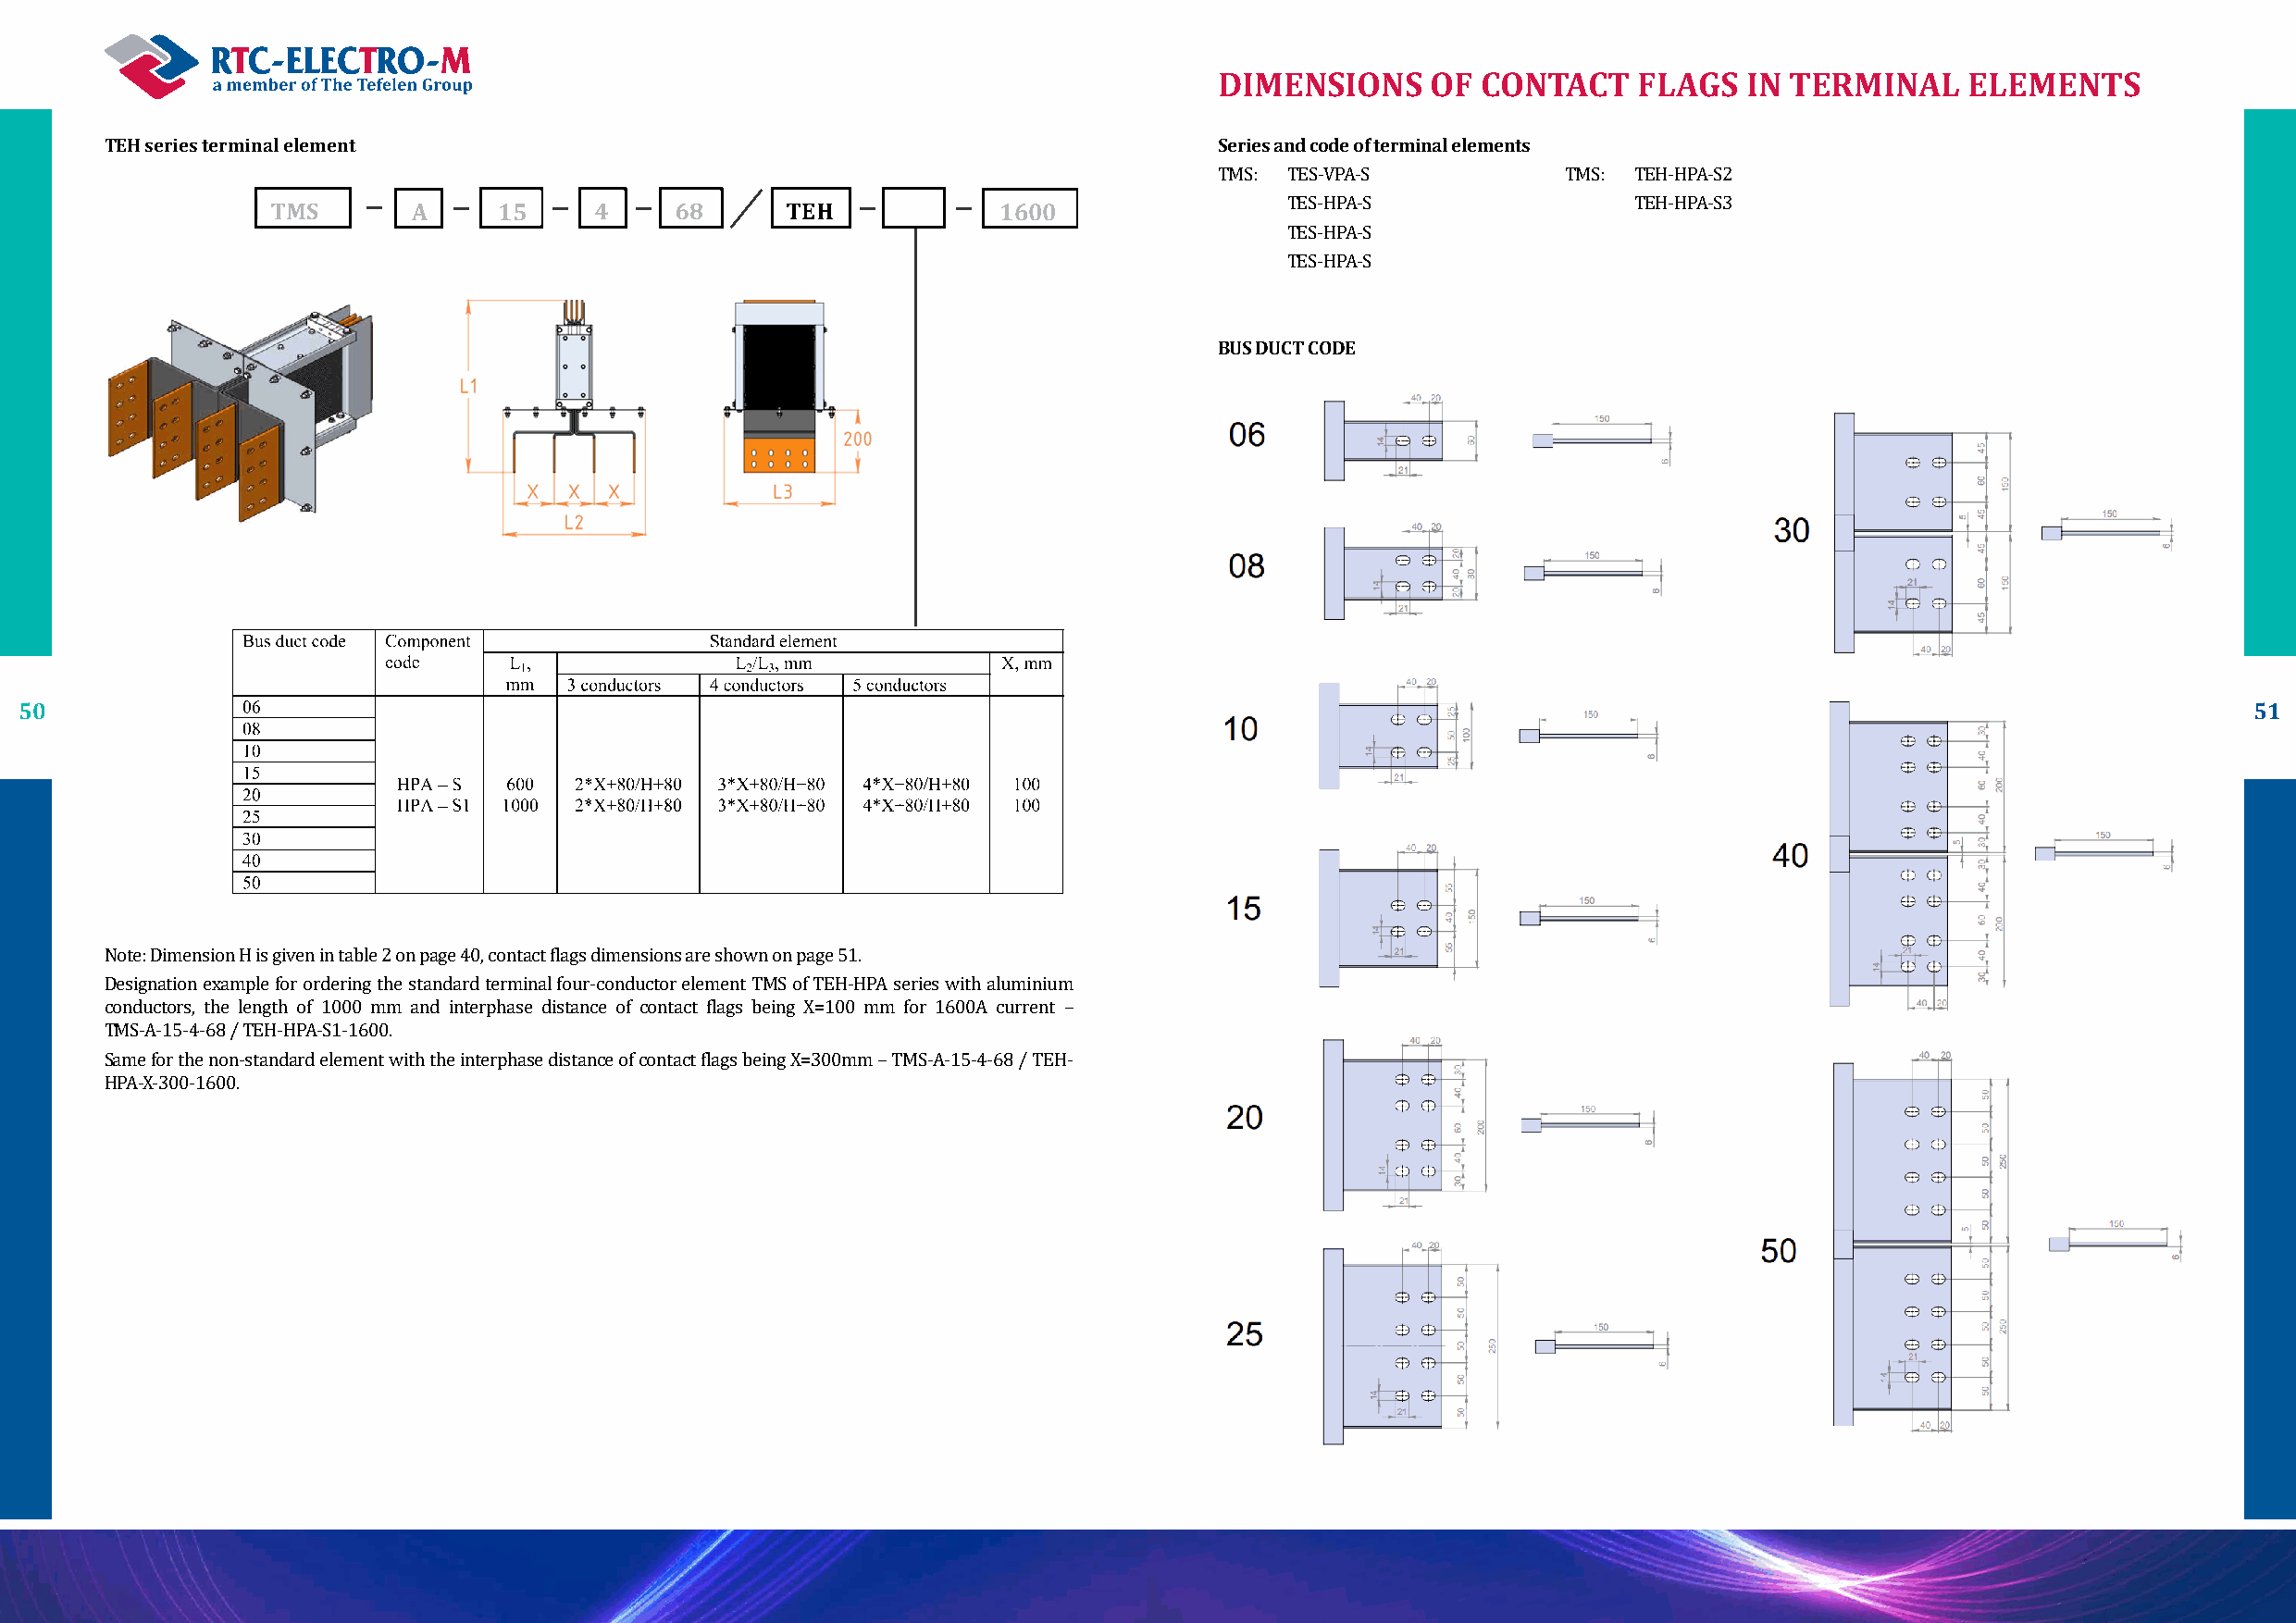
DIMENSIONS     OF  CONTACT    FLAGS   IN TERMINAL     ELEMENTS
 TEH series terminal element                                                     Series and code of terminal elements
 А      15                                 1600
 TMS: TES-VPA-S           TMS: TEH-HPA-S2
 TES-HPA-S                TEH-HPA-S3
 TES-HPA-S
 TES-HPA-S
 BUS DUCT CODE
 50                                                                                                                                                              51
 Note: Dimension H is given in table 2 on page 40, contact flags dimensions are shown on page 51.
 Designation example for ordering the standard terminal four-conductor element TMS of TEH-HPA series with aluminium
 conductors, the length of 1000 mm and interphase distance of contact flags being X=100 mm for 1600А current –
 TMS-A-15-4-68 / TEH-HPA-S1-1600.
 Same for the non-standard element with the interphase distance of contact flags being X=300mm – TMS-A-15-4-68 / TEH-
 HPA-X-300-1600.